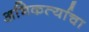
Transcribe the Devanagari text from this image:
अभिकर्त्याचा